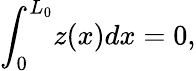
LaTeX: \begin{array}{l}{\displaystyle{\int_{0}^{L_{0}}\! z(x)dx=0,}}\end{array}